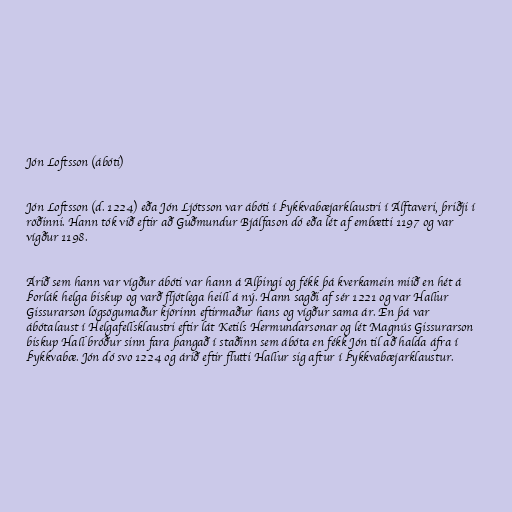
Jón Loftsson (ábóti)

Jón Loftsson (d. 1224) eða Jón Ljótsson var ábóti í Þykkvabæjarklaustri í Álftaveri, þriðji í
röðinni. Hann tók við eftir að Guðmundur Bjálfason dó eða lét af embætti 1197 og var
vígður 1198.

Árið sem hann var vígður ábóti var hann á Alþingi og fékk þá kverkamein miið en hét á
Þorlák helga biskup og varð fljótlega heill á ný. Hann sagði af sér 1221 og var Hallur
Gissurarson lögsögumaður kjörinn eftirmaður hans og vígður sama ár. En þá var
ábótalaust í Helgafellsklaustri eftir lát Ketils Hermundarsonar og lét Magnús Gissurarson
biskup Hall bróður sinn fara þangað í staðinn sem ábóta en fékk Jón til að halda áfra í
Þykkvabæ. Jón dó svo 1224 og árið eftir flutti Hallur sig aftur í Þykkvabæjarklaustur.